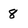
Character: 8